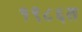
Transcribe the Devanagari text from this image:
१९८६त